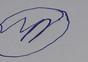
Signature authenticity: forged